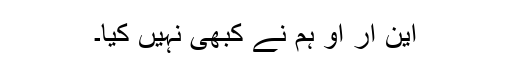
این آر او ہم نے کبھی نہیں کیا۔